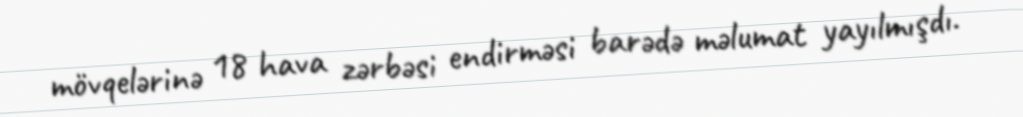
mövqelərinə 18 hava zərbəsi endirməsi barədə məlumat yayılmışdı.